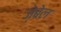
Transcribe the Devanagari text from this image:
ज़ेबेल